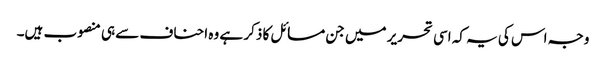
وجہ اس کی یہ کہ اسی تحریر میں جن مسائل کا ذکر ہے وہ احناف سے ہی منصوب ہیں۔